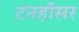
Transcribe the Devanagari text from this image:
टनहॉसर